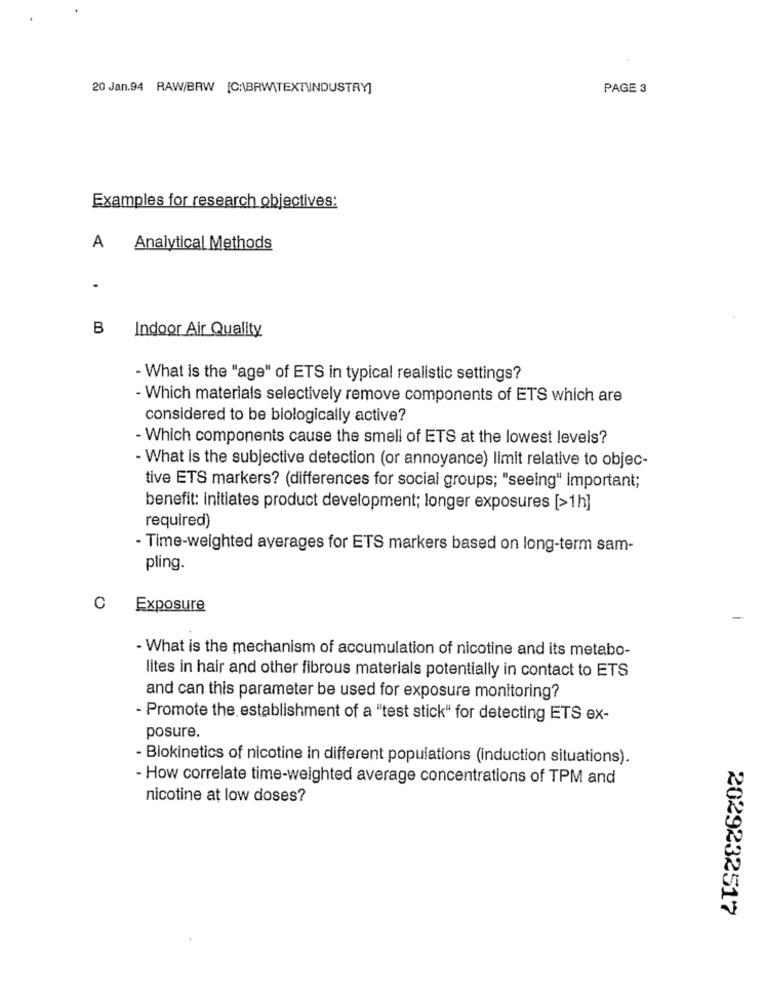
20 Jan.94 RAW/BRW [C:\BRW\TEXTUINDUSTRY]
PAGE 3
Examples for research objectives:
A
Analytical Methods
B
Indoor Air Quality
- What is the "age" of ETS in typical realistic settings?
- Which materials selectively remove components of ETS which are
considered to be biologically active?
- Which components cause the smell of ETS at the lowest levels?
- What is the subjective detection (or annoyance) limit relative to objec-
tive ETS markers? (differences for social groups; "seeing" important;
benefit: initiates product development; longer exposures [>1h]
required)
- Time-weighted averages for ETS markers based on long-term sam-
pling.
C
Exposure
- What is the mechanism of accumulation of nicotine and its metabo-
lites in hair and other fibrous materials potentially in contact to ETS
and can this parameter be used for exposure monitoring?
- Promote the establishment of a "test stick" for detecting ETS ex-
posure.
- Biokinetics of nicotine in different populations (induction situations).
- How correlate time-weighted average concentrations of TPM and
nicotine at low doses?
2029232517